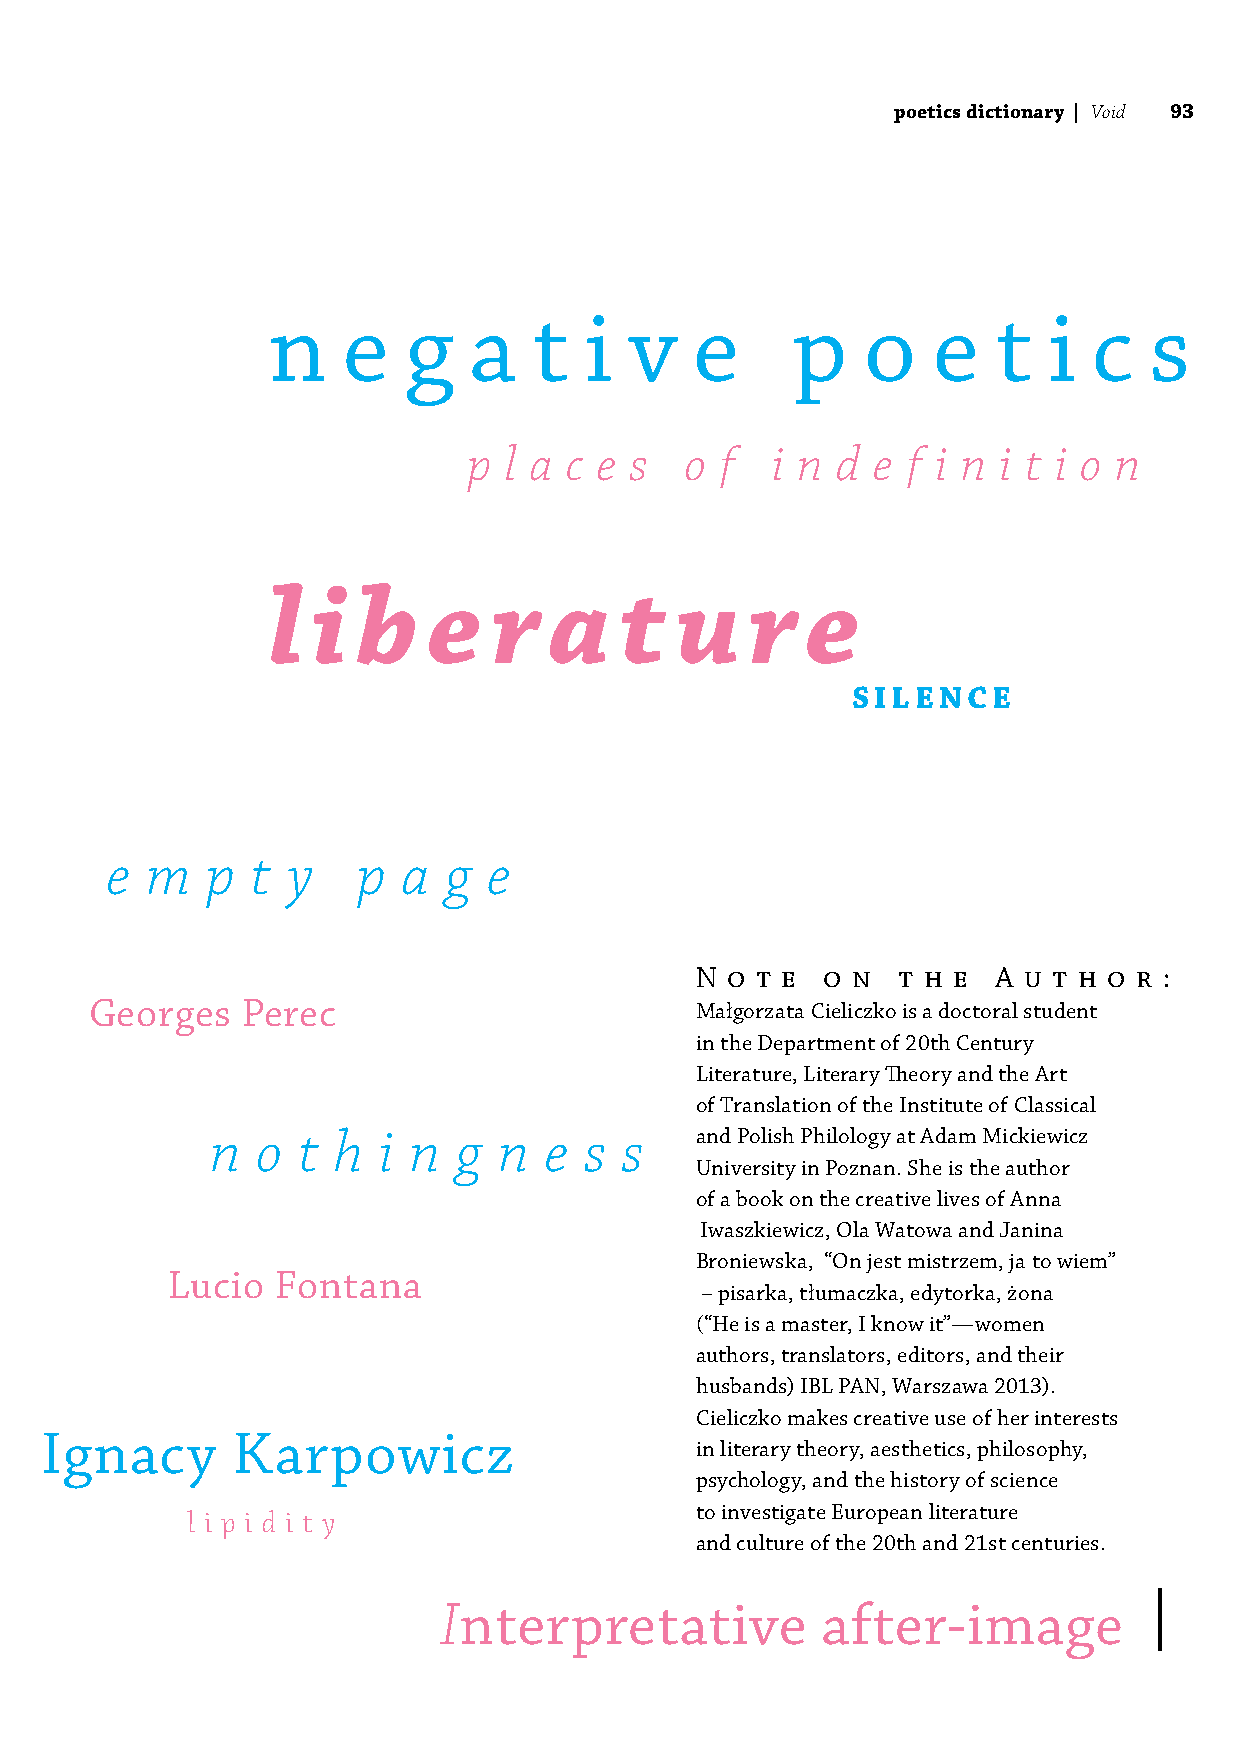
poetics dictionary | Void 93
 n    e   g   a   t   i  v   e     p    o    e   t  i  c   s
 p l a c e  s  o  f  i n d  e f i n i t i o n
 l  i  b   e    r  a    t   u    r  e
 silence
 e  m   p  t y    p  a g  e
 N o t e  o n t h e  A u t h o r :
 Georges   Perec                         Małgorzata Cieliczko is a doctoral student
 in the Department of 20th Century
 Literature, Literary Theory and the Art
 of Translation of the Institute of Classical
 n  o  t h  i n  g  n  e  s s    and Polish Philology at Adam Mickiewicz
 University in Poznan. She is the author
 of a book on the creative lives of Anna
 Iwaszkiewicz, Ola Watowa and Janina
 Broniewska, “On jest mistrzem, ja to wiem”
 Lucio  Fontana
 – pisarka, tłumaczka, edytorka, żona
 (“He is a master, I know it”—women
 authors, translators, editors, and their
 husbands) IBL PAN, Warszawa 2013).
 Cieliczko makes creative use of her interests
 Ignacy      Karpowicz
 in literary theory, aesthetics, philosophy,
 psychology, and the history of science
 to investigate European literature
 l i p i d i t y
 and culture of the 20th and 21st centuries.
 |
 Interpretative           after-image